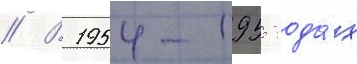
// В 1954-1955 года́х